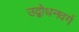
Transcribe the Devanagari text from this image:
उद्बोधनवर्ग